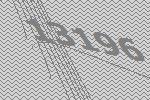
13196